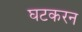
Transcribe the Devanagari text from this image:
घटकरन